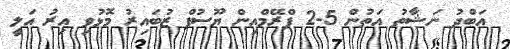
އަބްދު ނަޝާތު އަތުން 5-2 ފްރޭމްއިން ޔޫސުފް ޒުބައިރު މޮޅުވި އިރު އަލީ